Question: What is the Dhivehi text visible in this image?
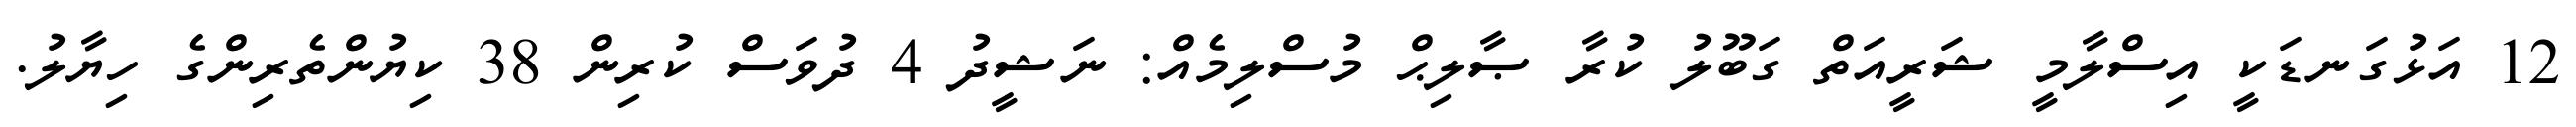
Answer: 12 އަޅުގަނޑަކީ އިސްލާމީ ޝަރީއަތް ގަބޫލު ކުރާ ޞާލިޙް މުސްލިމެއް: ނަޝީދު 4 ދުވަސް ކުރިން 38 ކިޔުންތެރިންގެ ހިޔާލު.